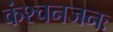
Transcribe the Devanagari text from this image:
कंश्चनजनः